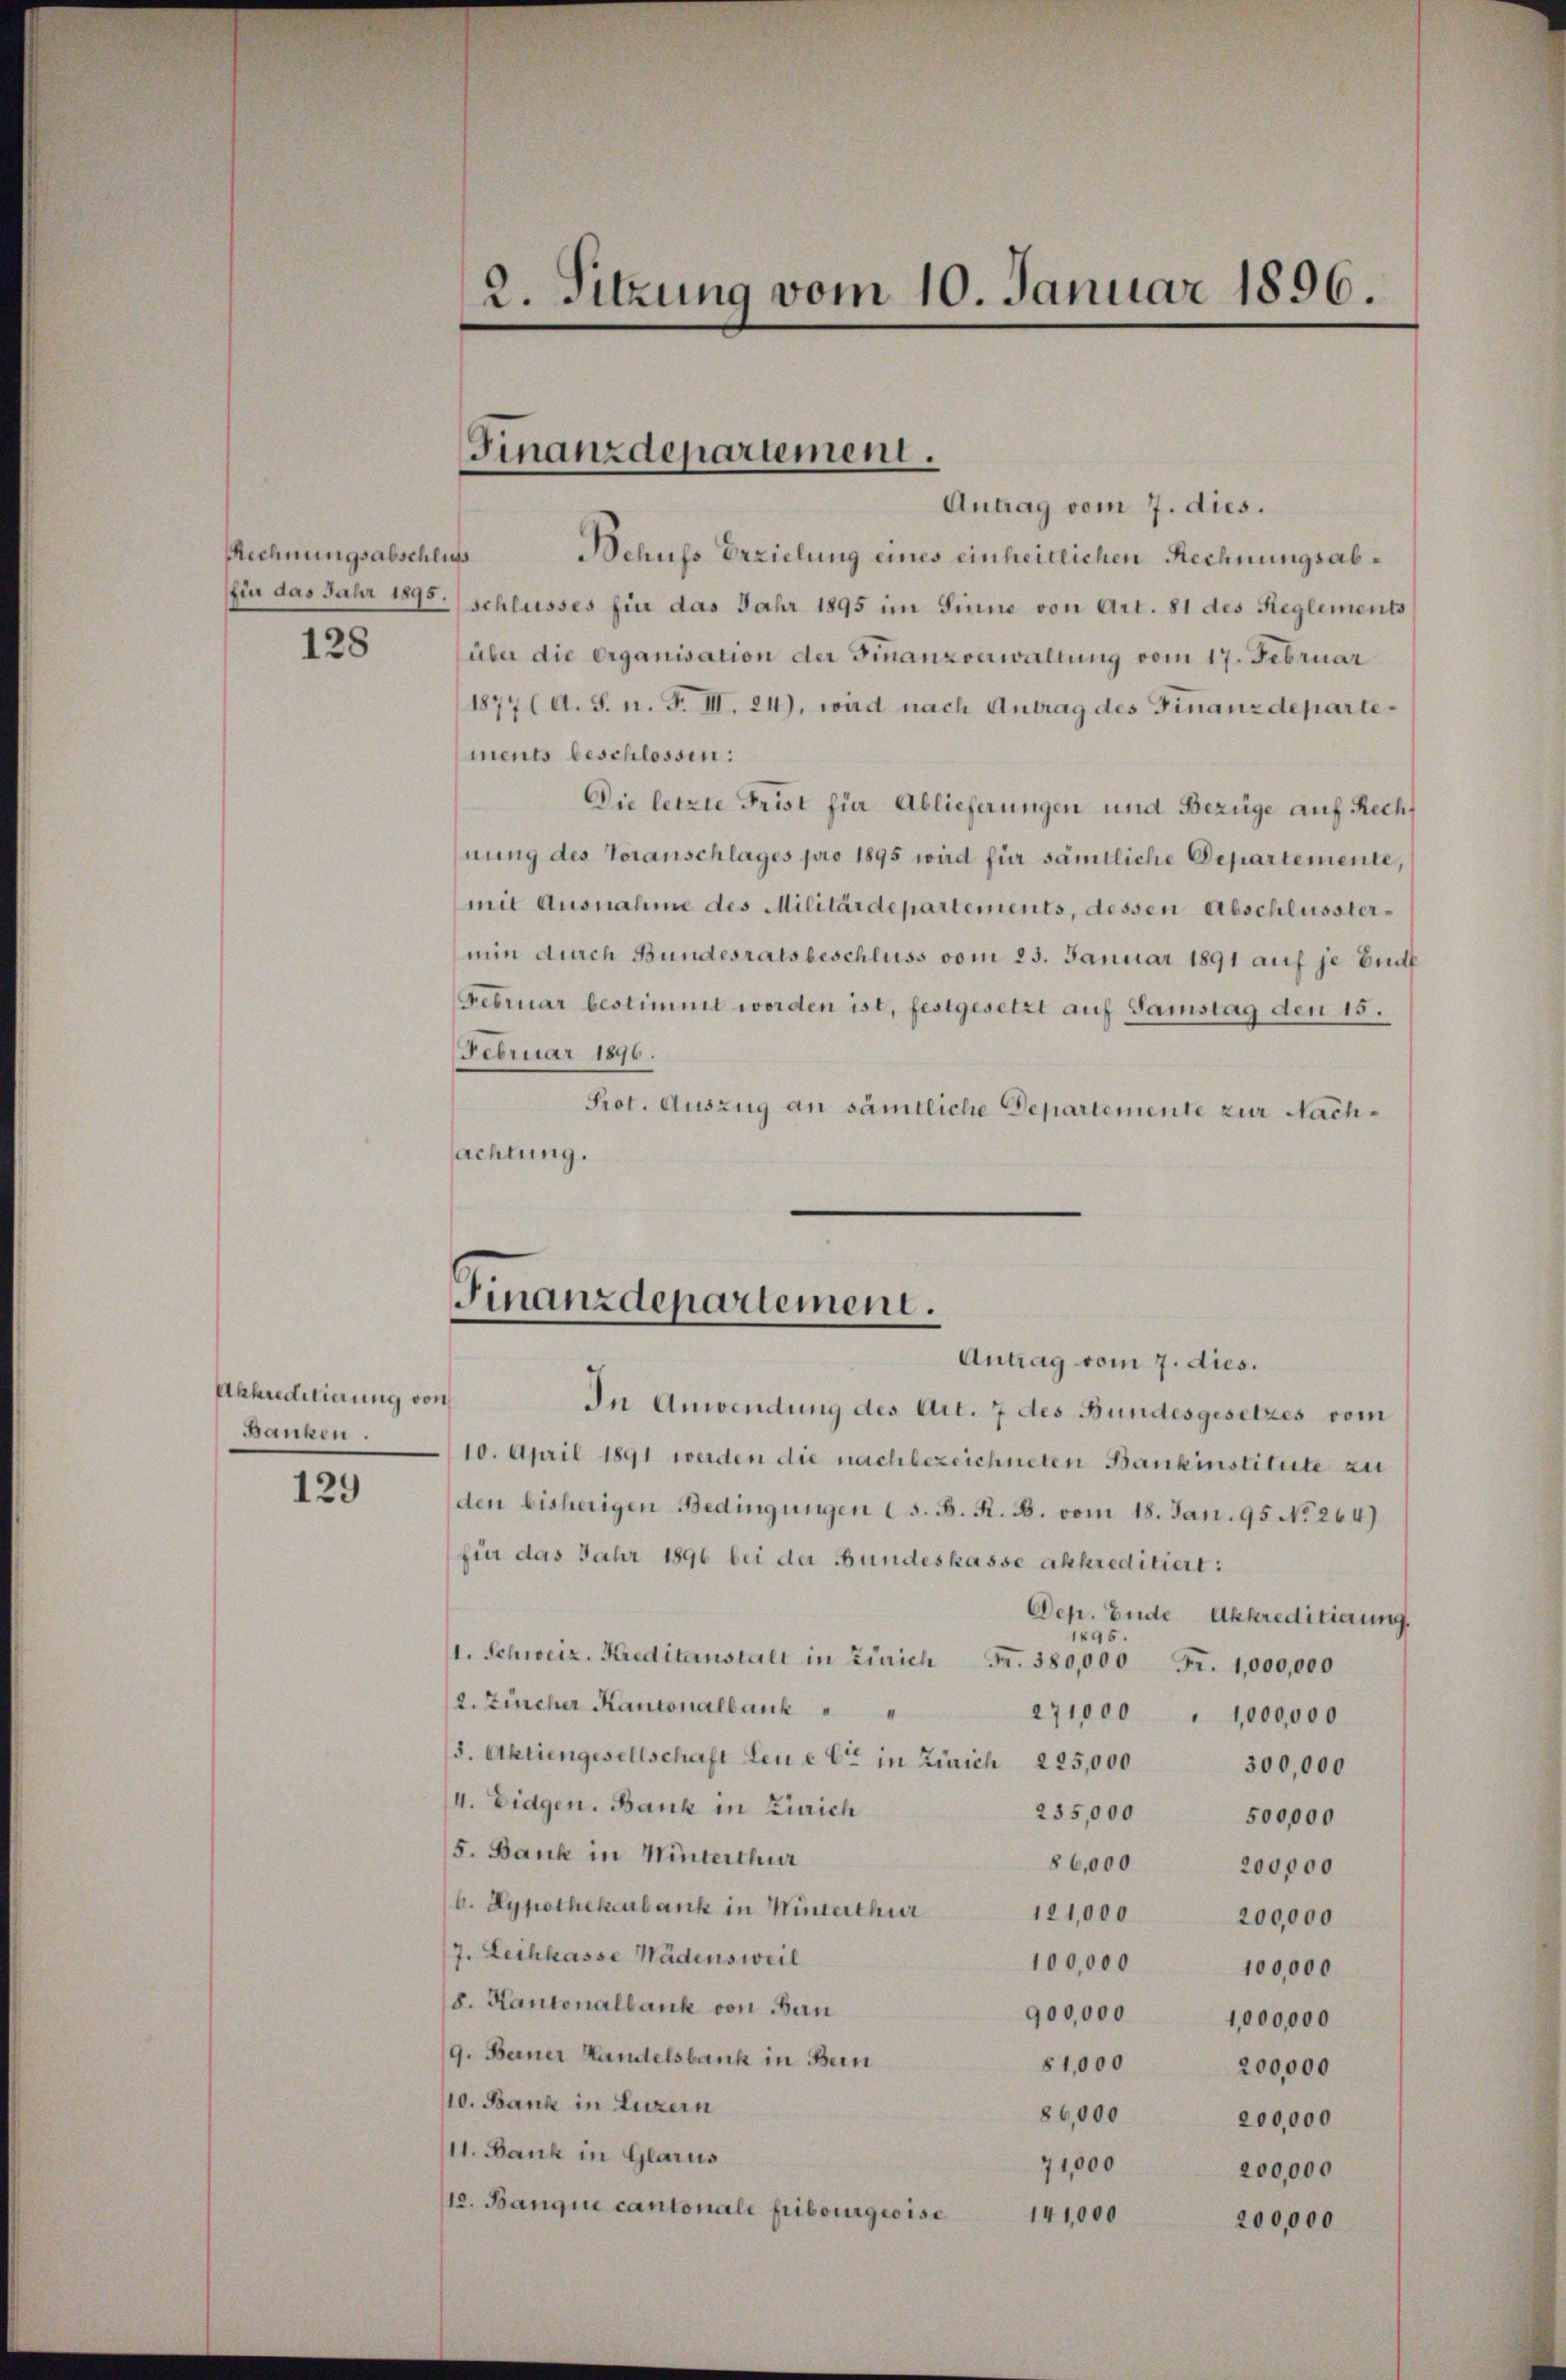
Rechnungsabschluss
128

Akkreditierung von
Banken.

129

Antrag vom 7. dies.
Schuss Erzielung eines einheitlichen Rechnungsab¬
(für das Jahr 1895. schlusses für das Jahr 1895 im Sinne von Art. 81 des Reglements
über die Organisation der Finanzverwaltung vom 17. Februar
1877 (A. S. n. F. III. 24), wird nach Antrag des Finanzdepartements beschlossen:
Die letzte Frist für Ablieferungen und Bezüge auf Recht
hnung des Voranschlages pro 1895 wird für sämtliche Departemente,
mit Ausnahme des Militärdepartements, dessen Abschlusstermin durch Bundesratsbeschluss vom 25. Januar 1891 auf je End
Februar bestimmt worden ist, festgesetzt auf Samstag den 15.
Februar 1896.
Prot. Auszug an sämtliche Departemente zur Nachsachtung.

10. April 1891 werden die nachbezeichneten Bankinstitute zu
den bisherigen Bedingungen (s. B. R. B. vom 18. Jan. 95 No 264)
für das Jahr 1896 bei der Bundeskasse akkreditiert:
Dep. Ende Akkreditierung.
1495.
1. Schweiz. Kreditanstalt in Zürich Fr. 380,000 Fr. 1,000,000
2. Zürcher Kantonalbank
271000 " 1000000
(3. Aktiengesellschaft Leu & Cie in Zürich 225,000
300,000
/4. Eidgen. Bank in Zürich
235,000
500,000
5. Bank in Winterthur
§6,000 200000
b. Hypothekenbank in Winterthur
121,000 200,000
7. Leihkasse Wädensweil
100,000
100,000
s. Kantonalbank von Ban
900,000
1,000,000
9. Berner Handelsbank in Bein
81,000
200,000
110. Bank in Luzern
86,000
200,000
(11. Dank in Glarus
71,000
200,000
110. Banque cantonale Fribourgeoise 141,000
200,000

2. Sitzung vom 10. Januar 1896.

Finanzdepartement.

Finanzdepartement.
Antrag vom 7. dies.
In Anwendung des Art. 7 des Bundesgesetzes vom